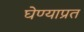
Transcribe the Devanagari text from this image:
घेण्याप्रत